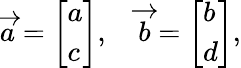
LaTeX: {\overrightarrow{a}}={\left[\begin{array}{l}{a}\\ {c}\end{array}\right]},\quad{\overrightarrow{b}}={\left[\begin{array}{l}{b}\\ {d}\end{array}\right]},